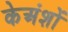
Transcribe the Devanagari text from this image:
केअंशों